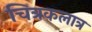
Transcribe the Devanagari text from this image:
चित्रकलात्र